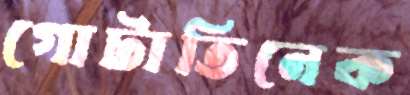
গোটাতিনেক